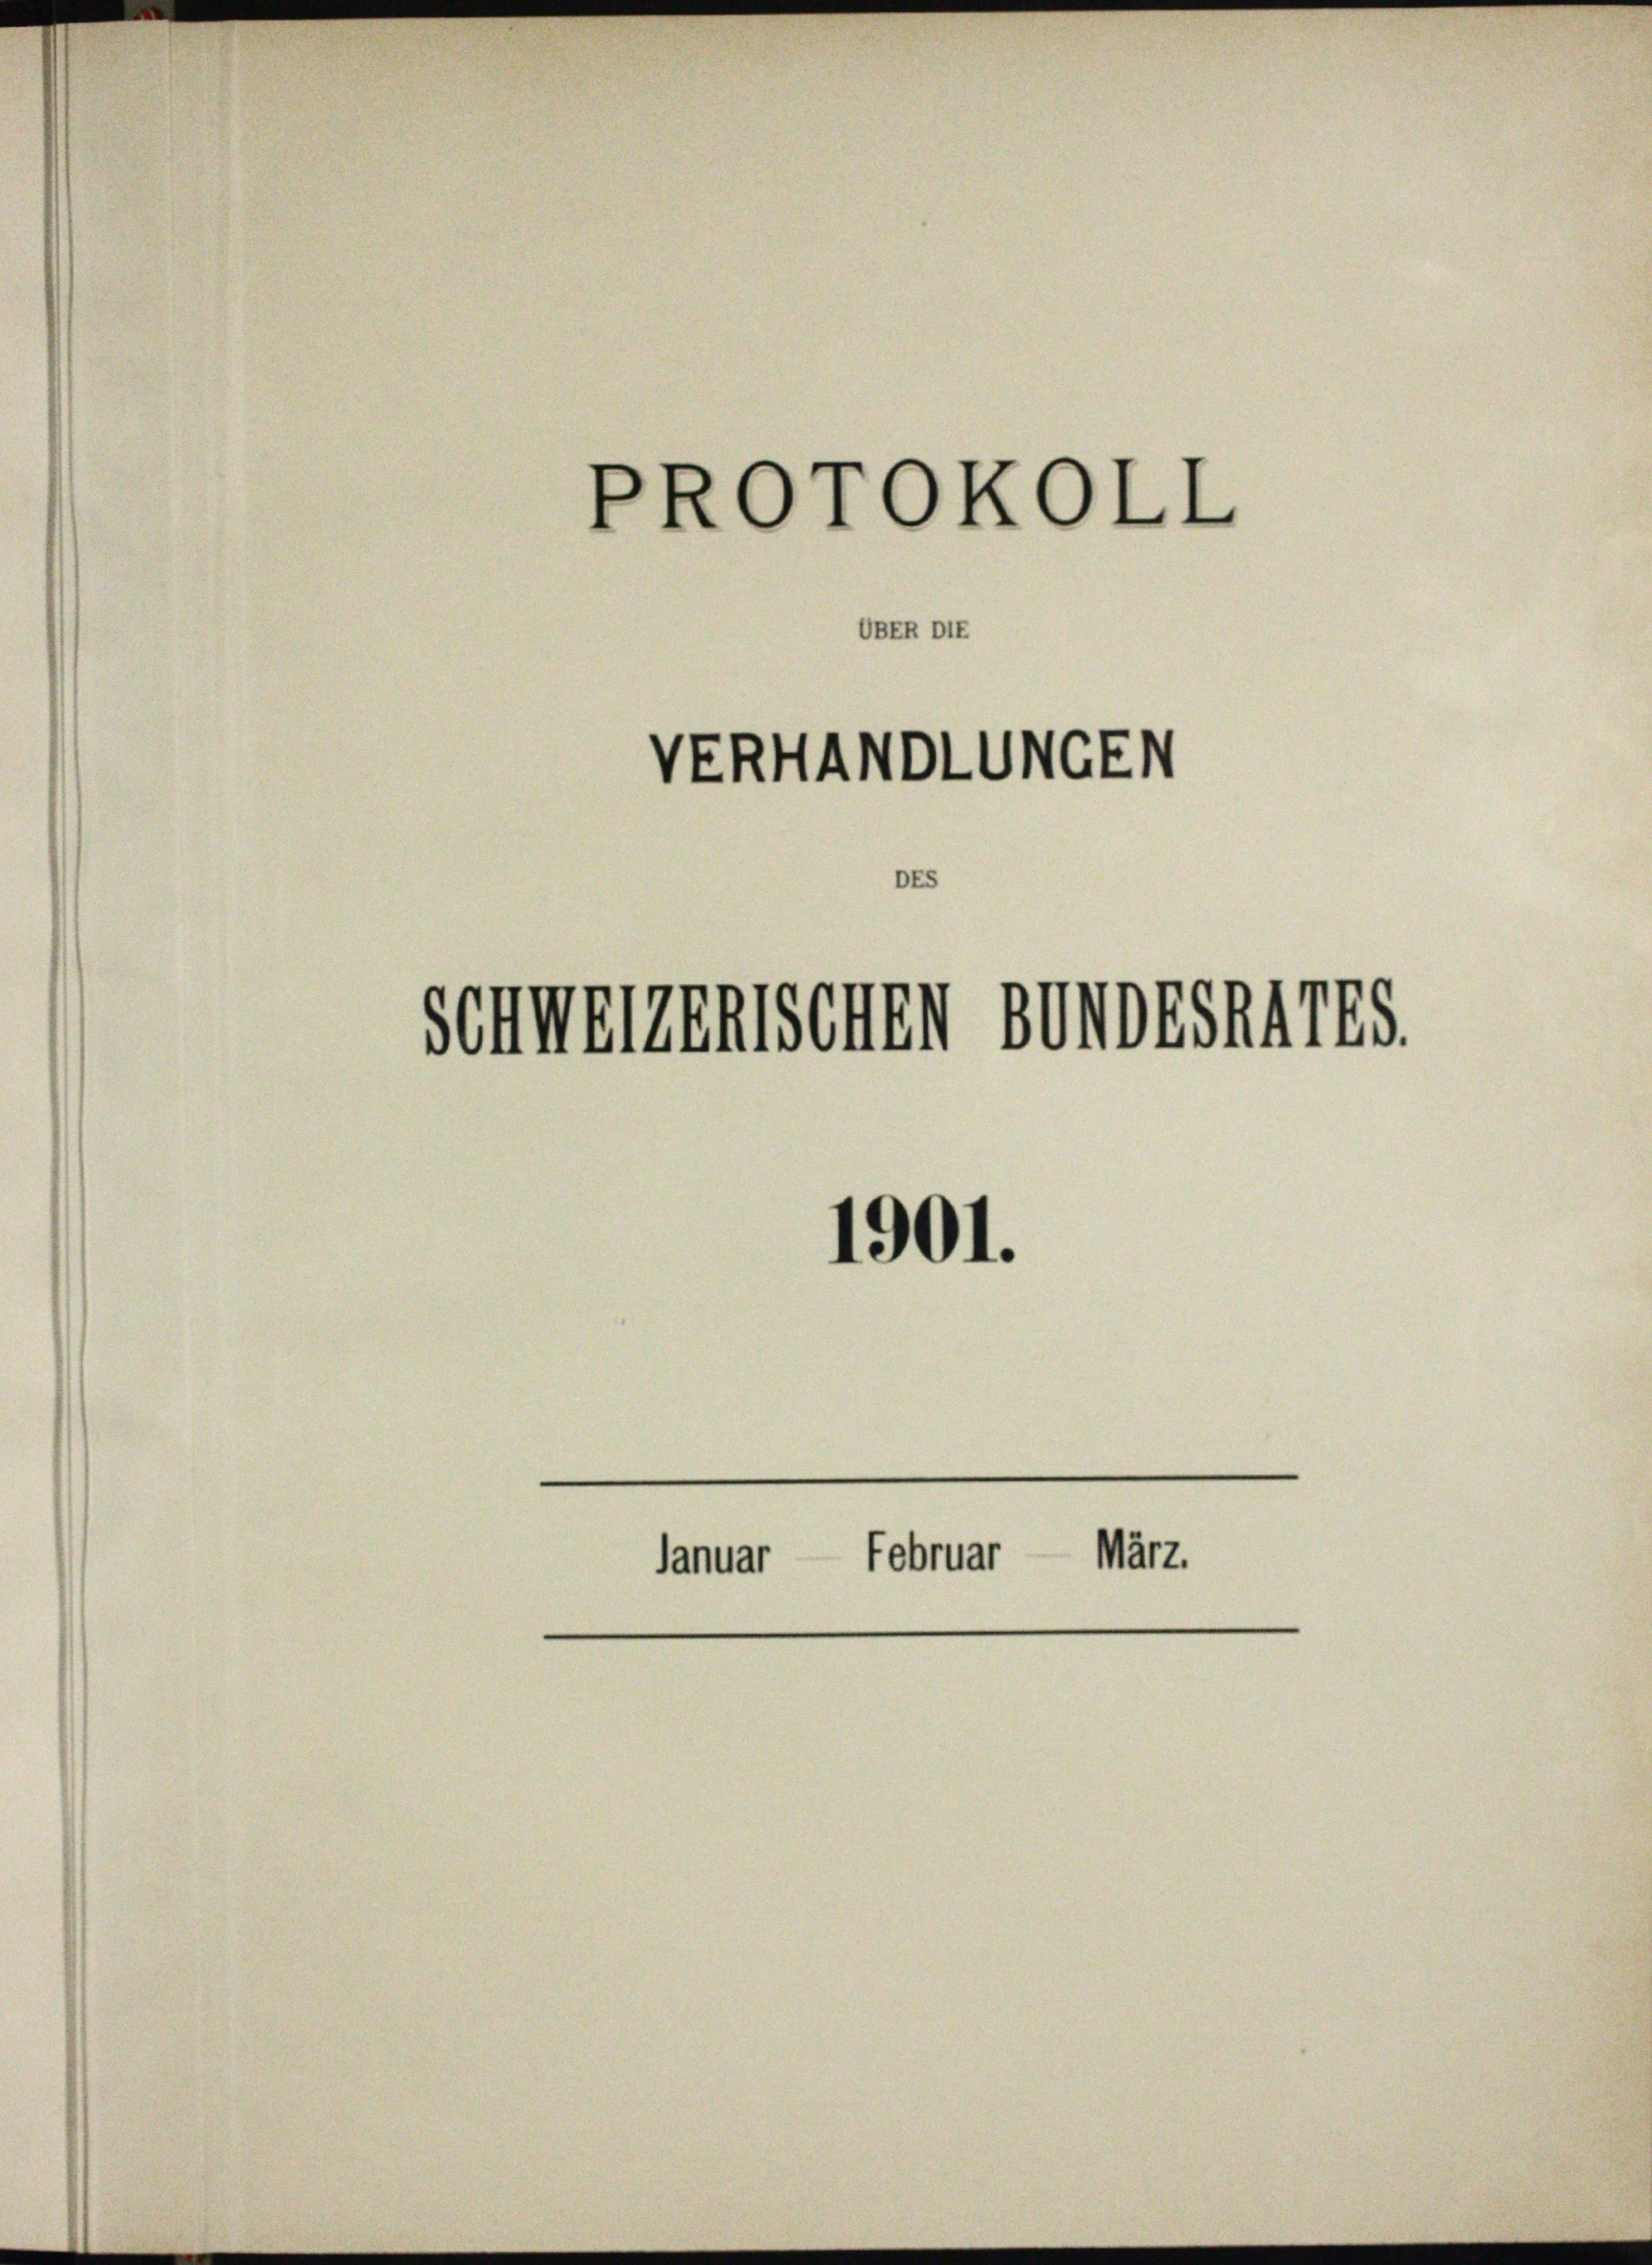
VERHANDLUNGEN

Schmerzenischen sondes 1785.
1901.

PROTOKOLL

BER Dis

Januar Februar März.